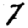
Digit: 7